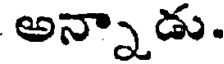
అన్నాడు.